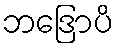
ဘဒြောပိ